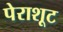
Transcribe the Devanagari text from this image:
पेराशूट